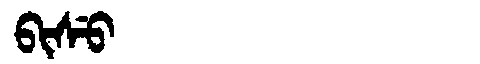
Manchu: ᠪᡳᠰᡠ
Romanization: BISU